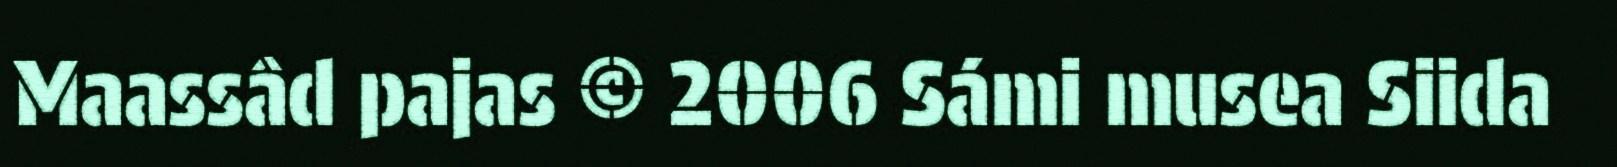
Maassâd pajas © 2006 Sámi musea Siida